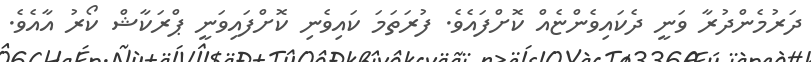
ދަރުމެންދުރާ ވަނީ ދެކައިވެންޏެއް ކޮށްފައެވެ. ފުރަތަމަ ކައިވެނި ކޮށްފައިވަނީ ޕްރަކާޝް ކޯރު އާއެވެ.